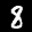
Label: 8